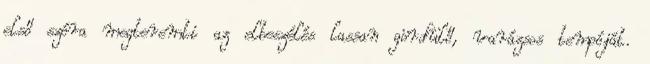
első szóra megteremti az elbeszélés lassan gördülő, varázsos tempóját.